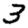
Digit: 3